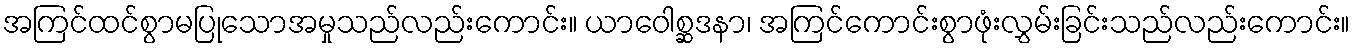
အကြင်ထင်စွာမပြုသောအမှုသည်လည်းကောင်း။ ယာဝေါစ္ဆဒနာ၊ အကြင်ကောင်းစွာဖုံးလွှမ်းခြင်းသည်လည်းကောင်း။